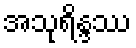
အသုရိန္ဒဿ